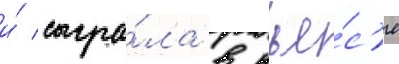
и́ сыгра́ла в пье́с'е